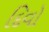
દિવો